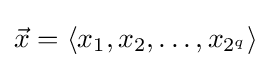
{\vec {x}}=\langle x_{1},x_{2},\ldots ,x_{2^{q}}\rangle